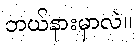
ဘယ်နားမှာလဲ။